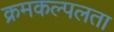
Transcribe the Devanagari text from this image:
क्रमकल्पलता